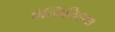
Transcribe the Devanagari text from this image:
पैन्गिलिकधा